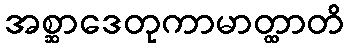
အစ္ဆာဒေတုကာမာတ္ထာတိ